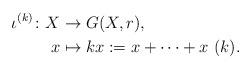
LaTeX: \begin{align*}\iota^{(k)} \colon X &\to G{(X,r)},\\x &\mapsto kx := x+\cdots + x \ (k ).\end{align*}